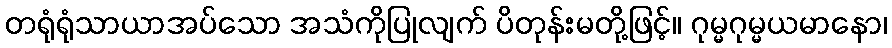
တရုံရုံသာယာအပ်သော အသံကိုပြုလျက် ပိတုန်းမတို့ဖြင့်။ ဂုမ္မဂုမ္မယမာနော၊